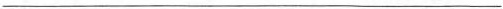
___